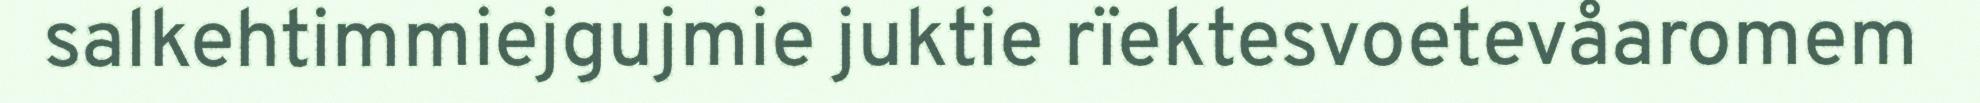
salkehtimmiejgujmie juktie rïektesvoetevåaromem